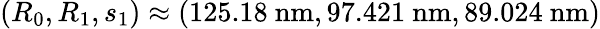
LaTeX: (R_{0},R_{1},s_{1})\approx(125.18\ \mathrm{nm},97.421\ \mathrm{nm},89.024\ \mathrm{nm})